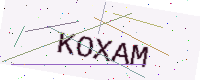
Text: KOXAM